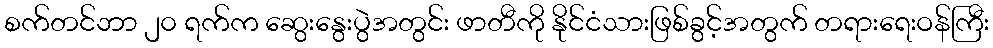
စက်တင်ဘာ ၂၀ ရက်က ဆွေးနွေးပွဲအတွင်း ဖာတီကို နိုင်ငံသားဖြစ်ခွင့်အတွက် တရားရေးဝန်ကြီး